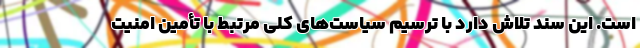
است. این سند تلاش دارد با ترسیم سیاست‌های کلی مرتبط با تأمین امنیت